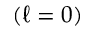
( \ell = 0 )